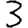
Digit: 3